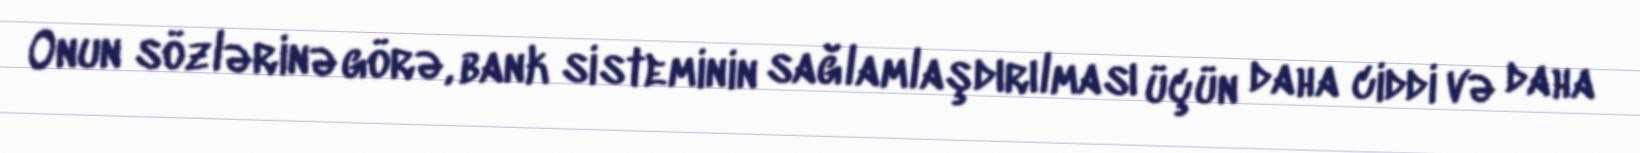
Onun sözlərinə görə, bank sisteminin sağlamlaşdırılması üçün daha ciddi və daha